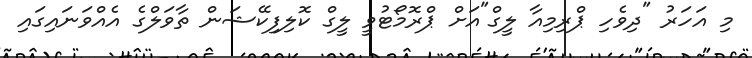
މި އަހަރު "ދިވެހި ޕްރިމިއާ ލީގް"އަށް ޕްރޮމޯޓުވީ ލީގް ކޮލިފިކޭޝަން ތާވަލްގެ އެއްވަނައިގައި